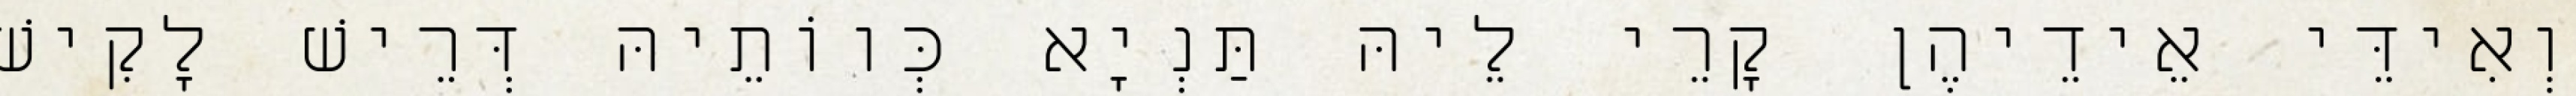
וְאִידֵּי אֵידֵיהֶן קָרֵי לֵיהּ תַּנְיָא כְּווֹתֵיהּ דְּרֵישׁ לָקִישׁ